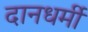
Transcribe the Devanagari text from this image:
दानधर्मी